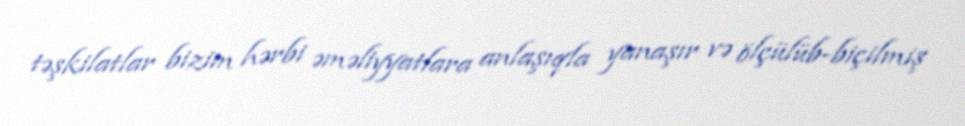
təşkilatlar bizim hərbi əməliyyatlara anlaşıqla yanaşır və ölçülüb-biçilmiş